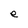
Character: e